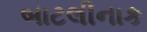
બાટલીનાક